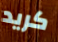
كريد